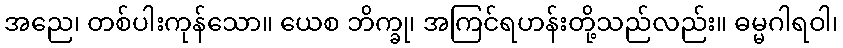
အညေ၊ တစ်ပါးကုန်သော။ ယေစ ဘိက္ခု၊ အကြင်ရဟန်းတို့သည်လည်း။ ဓမ္မဂါရဝါ၊